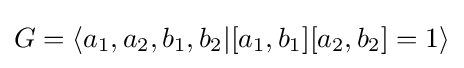
G=\langle a_{1},a_{2},b_{1},b_{2}|[a_{1},b_{1}][a_{2},b_{2}]=1\rangle